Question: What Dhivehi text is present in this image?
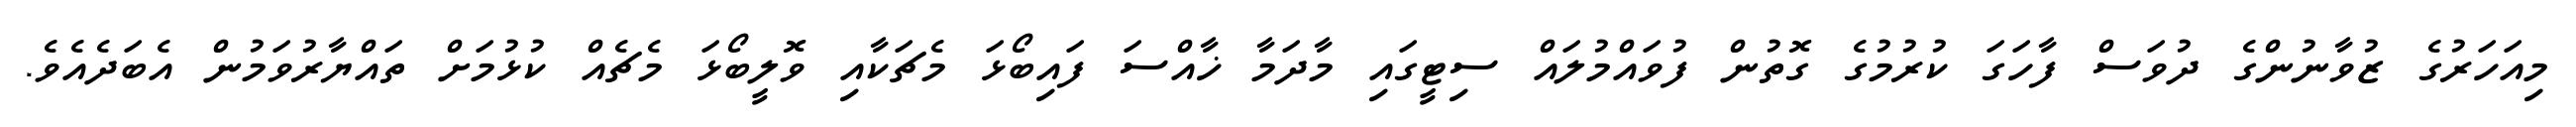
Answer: މިއަހަރުގެ ޒުވާނުންގެ ދުވަސް ފާހަގަ ކުރުމުގެ ގޮތުން ފުވައްމުލައް ސިޓީގައި މާދަމާ ޚާއްސަ ފައިބޯޅަ މެޗަކާއި ވޮލީބޯޅަ މެޗެއް ކުޅުމަށް ތައްޔާރުވަމުން އެބަދެއެވެ.